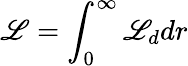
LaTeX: \mathscr{L}=\int_{0}^{\infty}\mathcal{{\mathscr{L}}}_{d}dr